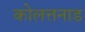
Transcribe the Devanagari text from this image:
कोलत्तनाड